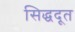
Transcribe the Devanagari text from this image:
सिद्धदूत